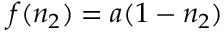
f ( n _ { 2 } ) = a ( 1 - n _ { 2 } )